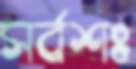
সর্বশঃ